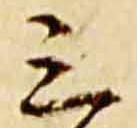
三